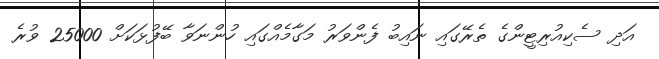
އަދި ސެކިއުރިޓީންގެ ތެރޭގައި ނައިބު ފެންވަރު މަގާމެއްގައި ހުންނަވާ ބޭފުޅަކަށްް 25000 ވުރެ